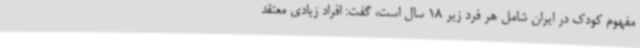
مفهوم کودک در ایران شامل هر فرد زیر 18 سال است، گفت: افراد زیادی معتقد